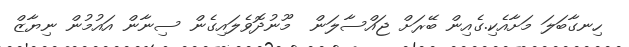
ހިނގާބަލަ މަށާއެކި.ގެއިން ބޭރަށް ޖައްސާލަން  މޫނުދޮވެލައިގެން ސިނާން އައުމުން ނިޔާޒް